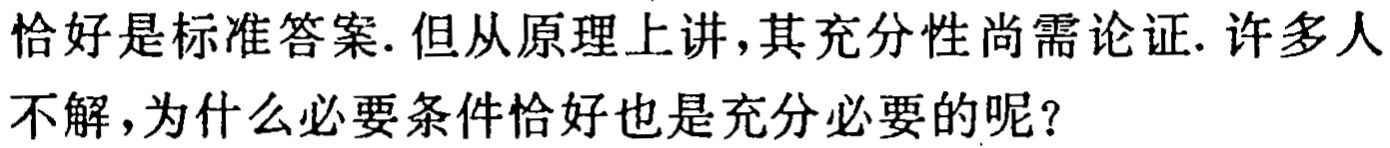
恰好是标准答案. 但从原理上讲, 其充分性尚需论证. 许多人不解, 为什么必要条件恰好也是充分必要的呢?